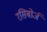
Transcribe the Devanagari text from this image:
रसिबोर्ज